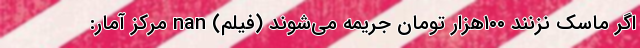
اگر ماسک نزنند ۱۰۰هزار تومان جریمه می‌شوند (فیلم) nan مرکز آمار: